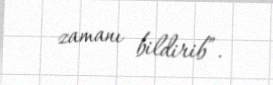
zamanı bildirib”.